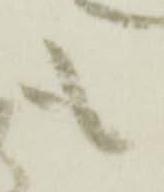
も